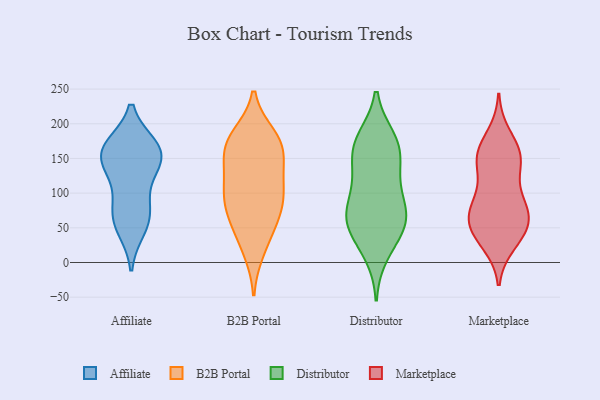
{"axis": {"x": "Inventory Turnover", "y": "Value"}, "legend": ["Affiliate", "B2B Portal", "Distributor", "Marketplace"], "data": [{"x": "", "y": 83, "type": "Affiliate"}, {"x": "", "y": 161, "type": "Affiliate"}, {"x": "", "y": 72, "type": "Affiliate"}, {"x": "", "y": 158, "type": "Affiliate"}, {"x": "", "y": 134, "type": "Affiliate"}, {"x": "", "y": 60, "type": "Affiliate"}, {"x": "", "y": 128, "type": "Affiliate"}, {"x": "", "y": 49, "type": "Affiliate"}, {"x": "", "y": 167, "type": "Affiliate"}, {"x": "", "y": 156, "type": "Affiliate"}, {"x": "", "y": 166, "type": "Affiliate"}, {"x": "", "y": 174, "type": "B2B Portal"}, {"x": "", "y": 108, "type": "B2B Portal"}, {"x": "", "y": 118, "type": "B2B Portal"}, {"x": "", "y": 62, "type": "B2B Portal"}, {"x": "", "y": 97, "type": "B2B Portal"}, {"x": "", "y": 176, "type": "B2B Portal"}, {"x": "", "y": 156, "type": "B2B Portal"}, {"x": "", "y": 77, "type": "B2B Portal"}, {"x": "", "y": 182, "type": "B2B Portal"}, {"x": "", "y": 157, "type": "B2B Portal"}, {"x": "", "y": 170, "type": "B2B Portal"}, {"x": "", "y": 89, "type": "B2B Portal"}, {"x": "", "y": 126, "type": "B2B Portal"}, {"x": "", "y": 34, "type": "B2B Portal"}, {"x": "", "y": 17, "type": "B2B Portal"}, {"x": "", "y": 67, "type": "B2B Portal"}, {"x": "", "y": 178, "type": "Distributor"}, {"x": "", "y": 45, "type": "Distributor"}, {"x": "", "y": 71, "type": "Distributor"}, {"x": "", "y": 39, "type": "Distributor"}, {"x": "", "y": 63, "type": "Distributor"}, {"x": "", "y": 166, "type": "Distributor"}, {"x": "", "y": 68, "type": "Distributor"}, {"x": "", "y": 168, "type": "Distributor"}, {"x": "", "y": 67, "type": "Distributor"}, {"x": "", "y": 121, "type": "Distributor"}, {"x": "", "y": 174, "type": "Distributor"}, {"x": "", "y": 13, "type": "Distributor"}, {"x": "", "y": 119, "type": "Distributor"}, {"x": "", "y": 83, "type": "Distributor"}, {"x": "", "y": 144, "type": "Distributor"}, {"x": "", "y": 82, "type": "Marketplace"}, {"x": "", "y": 31, "type": "Marketplace"}, {"x": "", "y": 149, "type": "Marketplace"}, {"x": "", "y": 154, "type": "Marketplace"}, {"x": "", "y": 143, "type": "Marketplace"}, {"x": "", "y": 154, "type": "Marketplace"}, {"x": "", "y": 27, "type": "Marketplace"}, {"x": "", "y": 184, "type": "Marketplace"}, {"x": "", "y": 166, "type": "Marketplace"}, {"x": "", "y": 104, "type": "Marketplace"}, {"x": "", "y": 47, "type": "Marketplace"}, {"x": "", "y": 66, "type": "Marketplace"}, {"x": "", "y": 60, "type": "Marketplace"}, {"x": "", "y": 141, "type": "Marketplace"}, {"x": "", "y": 78, "type": "Marketplace"}, {"x": "", "y": 70, "type": "Marketplace"}, {"x": "", "y": 91, "type": "Marketplace"}, {"x": "", "y": 44, "type": "Marketplace"}, {"x": "", "y": 53, "type": "Marketplace"}]}